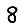
Digit: 8